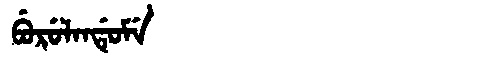
Manchu: ᠪᡠᡵᡠᠯᠠᠨᡩᡠᠮᡝ
Romanization: BURULANDUME